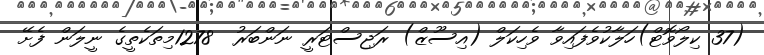
(37 ކިލޯވޮޓް)ހަލާކުވެފައިވާ ވެހިކަލް (އިސޫޒް) ރަޖިސްޓަރީ ނަންބަރު  1278މިތަކެތީގެ ނީލަން ފެށޭ